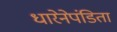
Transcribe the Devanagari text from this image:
धारेनेपंडिता